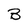
Character: B